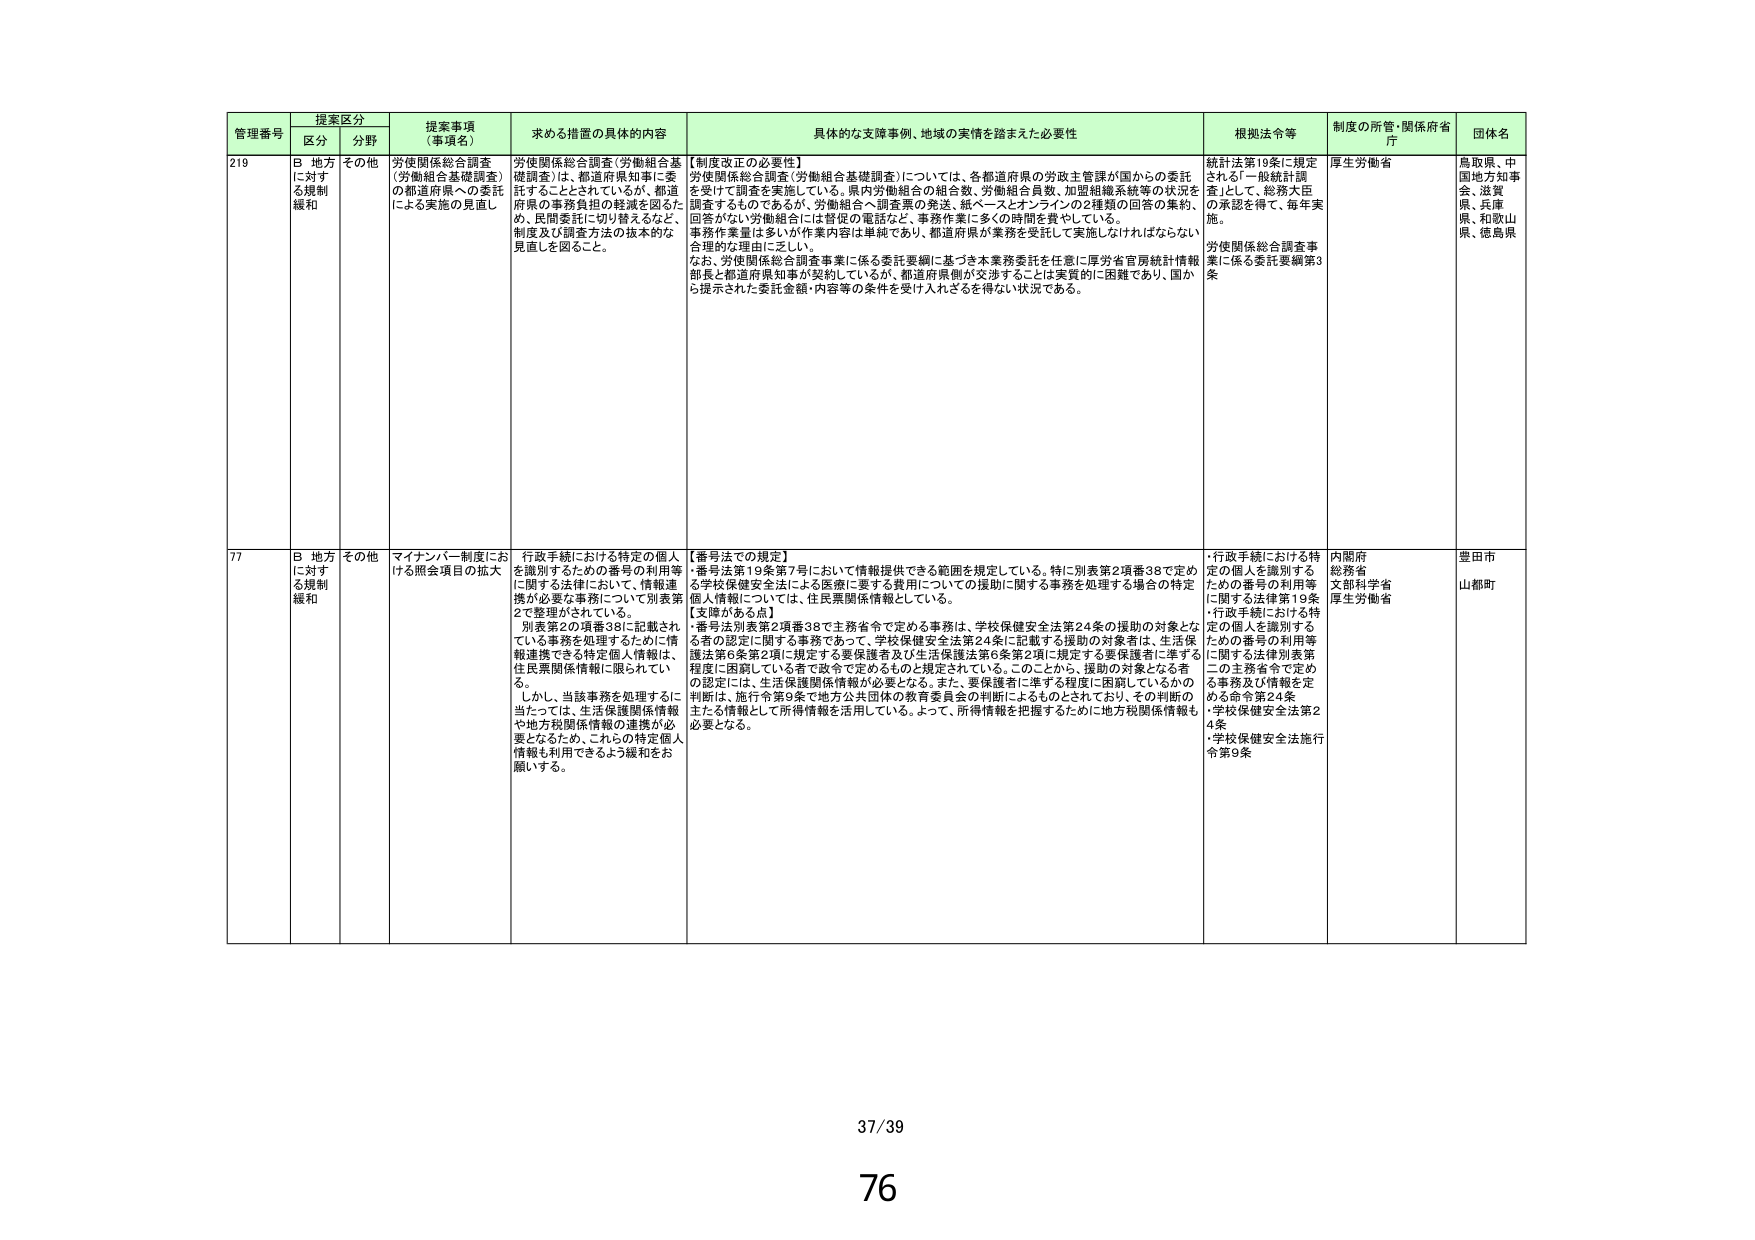
管理番号 提案区分 提案事項（事項名） 求める措置の具体的内容 具体的な支援事例、地域の実情を踏まえた必要性 根拠法令等 制度の所管・関係府省庁 団体名
区分 分野
219 B 地方に対する規制緩和 その他 労使関係総合調査（労働組合基礎調査）の都道府県への委託による実施の見直し 労使関係総合調査（労働組合基礎調査）は、都道府県知事に委託することとされているが、都道府県の事務負担の軽減を図るため、民間委託に切り替えるなど、制度及び調査方法の抜本的な見直しを図ること。 【制度改正の必要性】 労使関係総合調査（労働組合基礎調査）については、各都道府県の労政主管課が国からの委託を受けて調査を実施している。県内労働組合の組合数、労働組合員数、加盟組織系統等の状況を調査するものであるが、労働組合へ調査票の発送、紙ベースとオンラインの2種類の回答の集約、回答がない労働組合には督促の電話など、事務作業に多くの時間を費やしている。 事務作業量は多いが作業内容は単純であり、都道府県が業務を受託して実施しなければならない合理的な理由に乏しい。 なお、労使関係総合調査事業に係る委託要綱に基づき本業務委託を任意に厚労省官房統計情報部長と都道府県知事が契約しているが、都道府県側が交渉することは実質的に困難であり、国から提示された委託金額・内容等の条件を受け入れざるを得ない状況である。 統計法第19条に規定される「一般統計調査」として、総務大臣の承認を得て、毎年実施。 労使関係総合調査事業に係る委託要綱第3条 厚生労働省 鳥取県、中国地方知事会、滋賀県、兵庫県、和歌山県、徳島県
77 B 地方に対する規制緩和 その他 マイナンバー制度における照会項目の拡大 行政手続における特定の個人を識別するための番号の利用等に関する法律において、情報連携が必要な事務について別表第2で整理がされている。 別表第2の項番38に記載されている事務を処理するために情報連携できる特定個人情報は、住民票関係情報に限られている。 しかし、当該事務を処理するに当たっては、生活保護関係情報や地方税関係情報の連携が必要となるため、これらの特定個人情報も利用できるよう緩和をお願いする。 【番号法での規定】 ・番号法第19条第7号において情報提供できる範囲を規定している。特に別表第2項番38で定める学校保健安全法による医療に要する費用についての援助に関する事務を処理する場合の特定個人情報については、住民票関係情報としている。 【支障がある点】 ・番号法別表第2項番38で主務省令で定める事務は、学校保健安全法第24条の援助の対象となる者の認定に関する事務であって、学校保健安全法第24条に記載する援助の対象者は、生活保護法第6条第2項に規定する要保護者及び生活保護法第6条第2項に規定する要保護者に準ずる程度に困窮している者で政令で定めるものと規定されている。このことから、援助の対象となる者の認定には、生活保護関係情報が必要となる。また、要保護者に準ずる程度に困窮しているかの判断は、施行令第9条で地方公共団体の教育委員会の判断によるものとされており、その判断の主たる情報として所得情報を活用している。よって、所得情報を把握するために地方税関係情報も必要となる。 ・行政手続における特定の個人を識別するための番号の利用等に関する法律第19条 ・行政手続における特定の個人を識別するための番号の利用等に関する法律別表第二の主務省令で定める事務及び情報を定める命令第24条 ・学校保健安全法第24条 ・学校保健安全法施行令第9条 内閣府 総務省 文部科学省 厚生労働省 豊田市 山都町
37/39
76